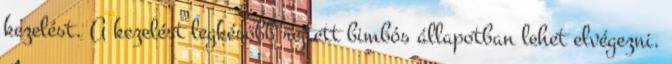
kezelést. A kezelést legkésőbb rejtett bimbós állapotban lehet elvégezni.